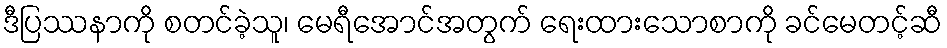
ဒီပြဿနာကို စတင်ခဲ့သူ၊ မေရီအောင်အတွက် ရေးထားသောစာကို ခင်မေတင့်ဆီ